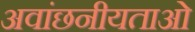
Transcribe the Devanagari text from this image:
अवांछनीयताओं